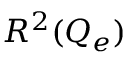
R ^ { 2 } ( Q _ { e } )